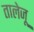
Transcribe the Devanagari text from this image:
तालेजू